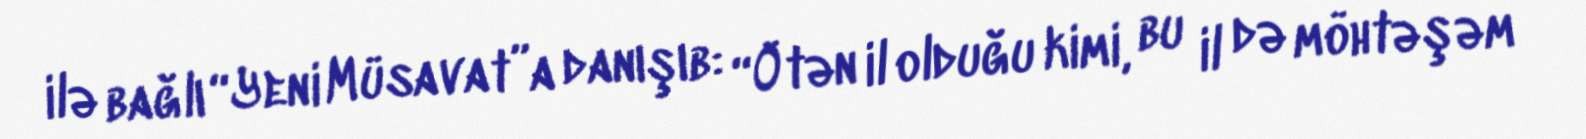
ilə bağlı “Yeni Müsavat”a danışıb: “Ötən il olduğu kimi, bu il də möhtəşəm